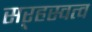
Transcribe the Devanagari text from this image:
सऱ्हस्वत्व